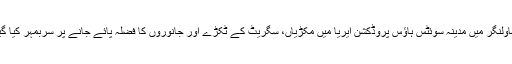
بہاولنگر میں مدینہ سوئٹس ہاؤس پروڈکشن ایریا میں مکڑیاں، سگریٹ کے ٹکڑے اور جانوروں کا فضلہ پائے جانے پر سربمہر کیا گیا۔